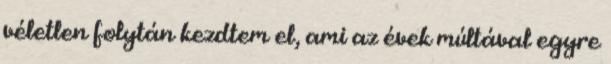
véletlen folytán kezdtem el, ami az évek múltával egyre